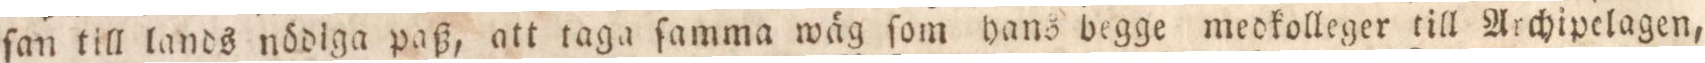
ſan till lands nödiga paß, att taga ſamma wäg ſom hans begge medkolleger till Archipelagen,